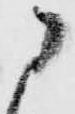
に